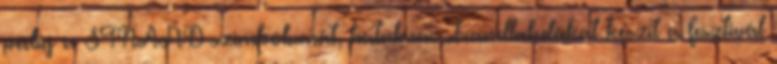
pedig a STRAND szimbólumát, hatalmas strandlabdákat készít a fesztivál